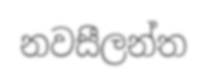
නවසීලන්ත